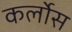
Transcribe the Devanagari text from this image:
कर्लोस